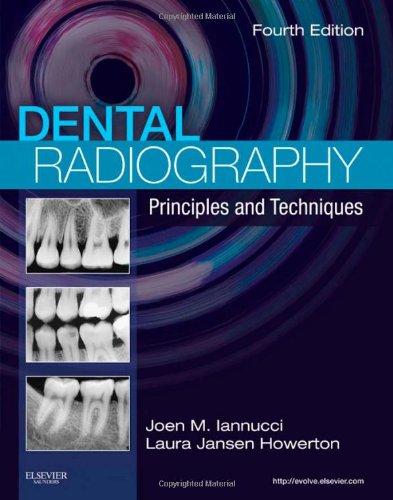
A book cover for Dental Radiography: Principles and Techniques, 4e; Joen Iannucci DDS  MS; Medical Books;